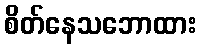
စိတ်နေသဘောထား